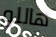
هاللو